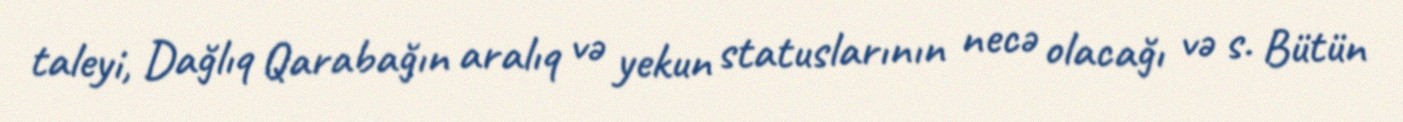
taleyi, Dağlıq Qarabağın aralıq və yekun statuslarının necə olacağı və s. Bütün